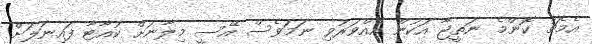
އެމެޗު ކޮންމެ ނަތީޖާ އަކުން އެއްވަރުވި ނަމަވެސް އޭސީ މިލާނަށް ކުއާޓާ ފައިނަލަށް